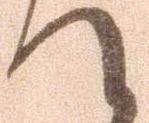
て